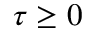
\tau \ge 0